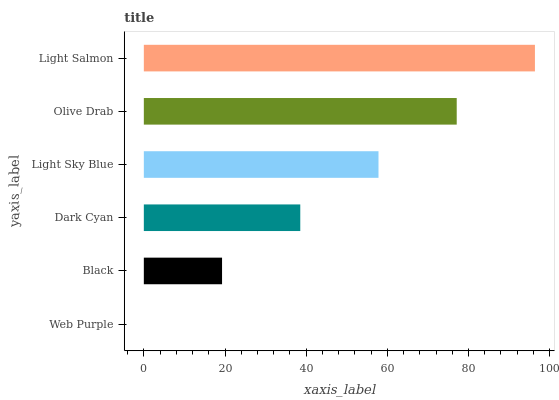
| yaxis_label | bars |
 | --- | --- |
 | Web Purple | 0 |
 | Black | 19.3 |
 | Dark Cyan | 38.5 |
 | Light Sky Blue | 57.8 |
 | Olive Drab | 77.1 |
 | Light Salmon | 96.4 |